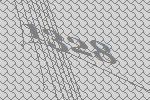
1328